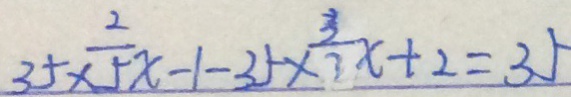
3 5 \times \frac { 2 } { 5 } x - 1 - 3 5 \times \frac { 3 } { 3 } x + 2 = 3 5